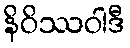
နိဝိဿဝါဒီ